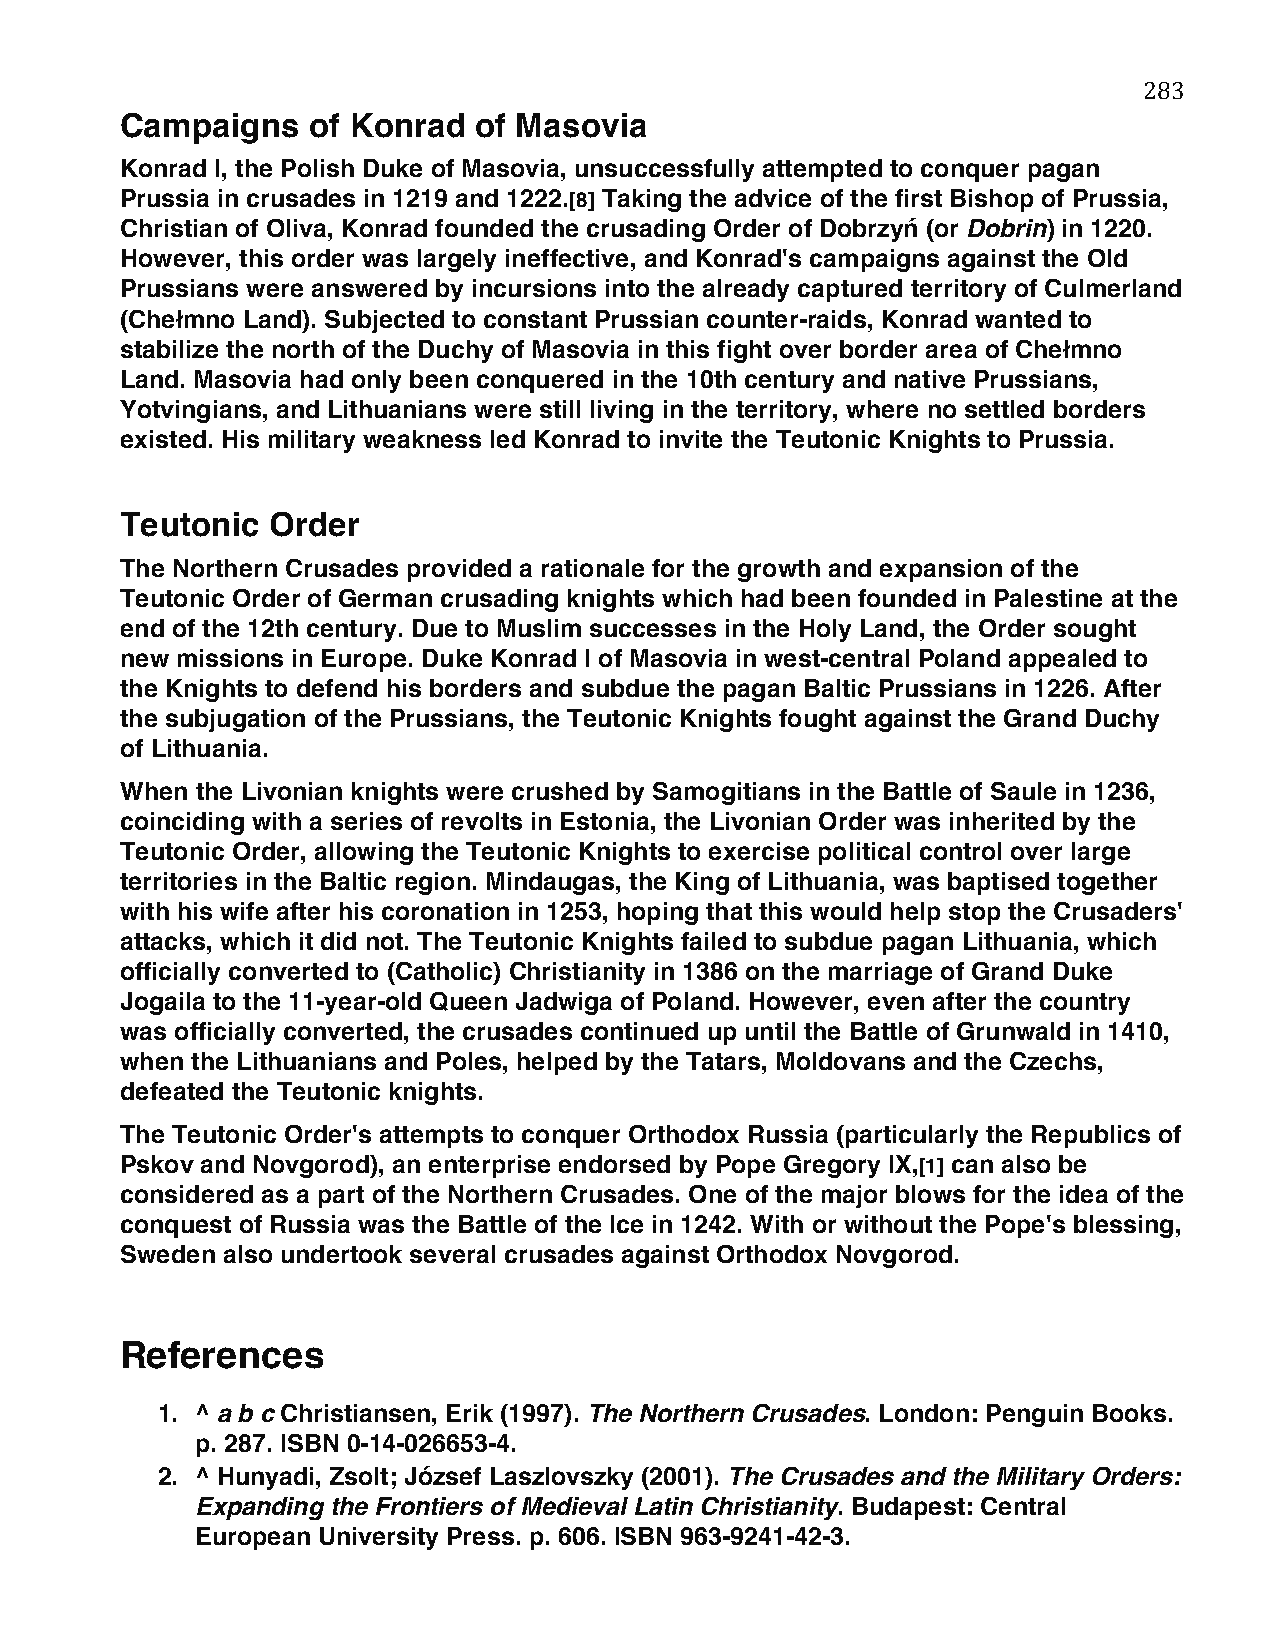
283
 Campaigns   of Konrad  of Masovia
 Konrad I, the Polish Duke of Masovia, unsuccessfully attempted to conquer pagan
 Prussia in crusades in 1219 and 1222.[8] Taking the advice of the first Bishop of Prussia,
 Christian of Oliva, Konrad founded the crusading Order of Dobrzyń (or Dobrin) in 1220.
 However, this order was largely ineffective, and Konrad's campaigns against the Old
 Prussians were answered by incursions into the already captured territory of Culmerland
 (Chełmno Land). Subjected to constant Prussian counter-raids, Konrad wanted to
 stabilize the north of the Duchy of Masovia in this fight over border area of Chełmno
 Land. Masovia had only been conquered in the 10th century and native Prussians,
 Yotvingians, and Lithuanians were still living in the territory, where no settled borders
 existed. His military weakness led Konrad to invite the Teutonic Knights to Prussia.
 Teutonic  Order
 The Northern Crusades provided a rationale for the growth and expansion of the
 Teutonic Order of German crusading knights which had been founded in Palestine at the
 end of the 12th century. Due to Muslim successes in the Holy Land, the Order sought
 new missions in Europe. Duke Konrad I of Masovia in west-central Poland appealed to
 the Knights to defend his borders and subdue the pagan Baltic Prussians in 1226. After
 the subjugation of the Prussians, the Teutonic Knights fought against the Grand Duchy
 of Lithuania.
 When the Livonian knights were crushed by Samogitians in the Battle of Saule in 1236,
 coinciding with a series of revolts in Estonia, the Livonian Order was inherited by the
 Teutonic Order, allowing the Teutonic Knights to exercise political control over large
 territories in the Baltic region. Mindaugas, the King of Lithuania, was baptised together
 with his wife after his coronation in 1253, hoping that this would help stop the Crusaders'
 attacks, which it did not. The Teutonic Knights failed to subdue pagan Lithuania, which
 officially converted to (Catholic) Christianity in 1386 on the marriage of Grand Duke
 Jogaila to the 11-year-old Queen Jadwiga of Poland. However, even after the country
 was officially converted, the crusades continued up until the Battle of Grunwald in 1410,
 when the Lithuanians and Poles, helped by the Tatars, Moldovans and the Czechs,
 defeated the Teutonic knights.
 The Teutonic Order's attempts to conquer Orthodox Russia (particularly the Republics of
 Pskov and Novgorod), an enterprise endorsed by Pope Gregory IX,[1] can also be
 considered as a part of the Northern Crusades. One of the major blows for the idea of the
 conquest of Russia was the Battle of the Ice in 1242. With or without the Pope's blessing,
 Sweden also undertook several crusades against Orthodox Novgorod.
 References
 1. ^ a b c Christiansen, Erik (1997). The Northern Crusades. London: Penguin Books.
 p. 287. ISBN 0-14-026653-4.
 2. ^ Hunyadi, Zsolt; József Laszlovszky (2001). The Crusades and the Military Orders:
 Expanding the Frontiers of Medieval Latin Christianity. Budapest: Central
 European University Press. p. 606. ISBN 963-9241-42-3.